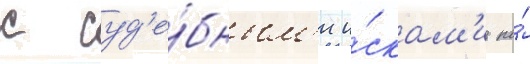
с суд'е́бным'и и́скам'и по́